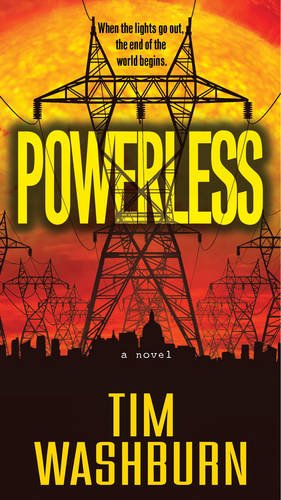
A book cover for Powerless; Tim Washburn; Mystery, Thriller & Suspense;